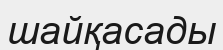
шайқасады